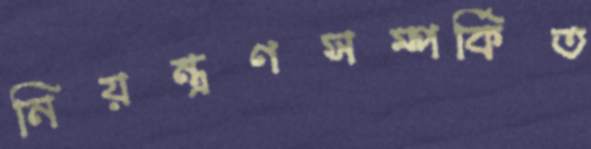
নিয়ন্ত্রণসম্পর্কিত